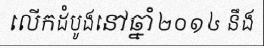
លើកដំបូងនៅឆ្នាំ២០១៤ នឹង